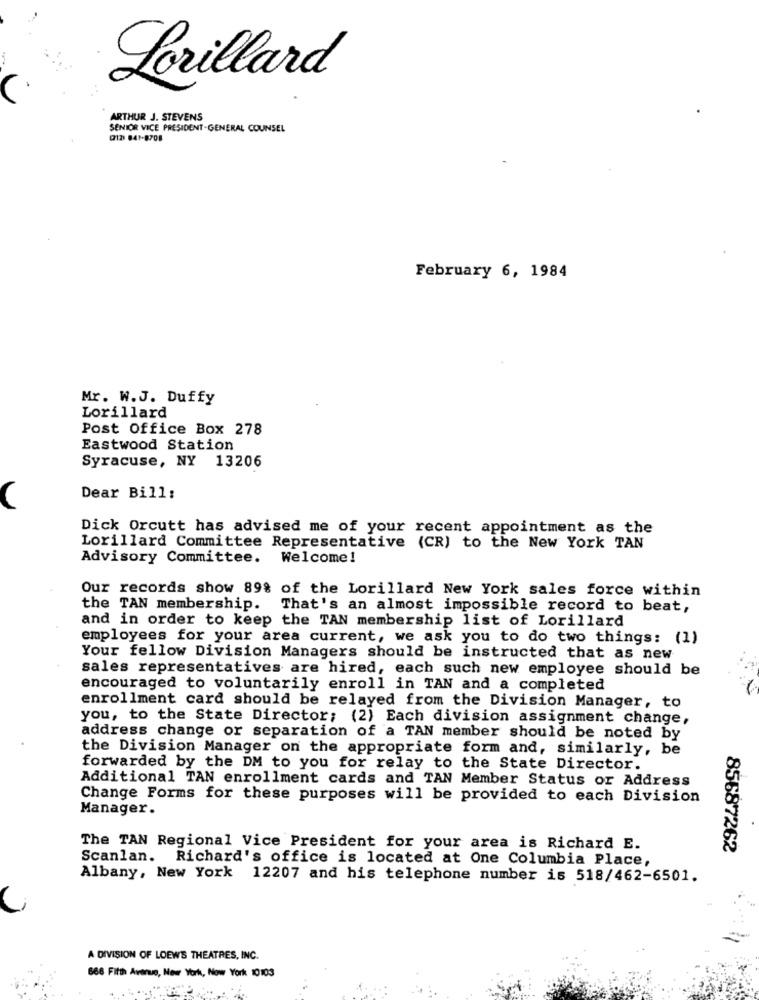
Lorillard
ARTHUR J. STEVENS
SENIOR VICE PRESIDENT-GENERAL COUNSEL
(212) 841-8708
February 6, 1984
Mr. W.J. Duffy
Lorillard
Post Office Box 278
Eastwood Station
Syracuse, NY 13206
Dear Bill:
Dick Orcutt has advised me of your recent appointment as the
Lorillard Committee Representative (CR) to the New York TAN
Advisory Committee. Welcome!
Our records show 89% of the Lorillard New York sales force within
the TAN membership.
That's an almost impossible record to beat,
and in order to keep the TAN membership list of Lorillard
employees for your area current, we ask you to do two things: (1)
Your fellow Division Managers should be instructed that as new
sales representatives are hired, each such new employee should be
encouraged to voluntarily enroll in TAN and a completed
enrollment card should be relayed from the Division Manager, to
you, to the State Director; (2) Each division assignment change,
address change or separation of a TAN member should be noted by
the Division Manager on the appropriate form and, similarly, be
forwarded by the DM to you for relay to the State Director.
Additional TAN enrollment cards and TAN Member Status or Address
Change Forms for these purposes will be provided to each Division
Manager.
The TAN Regional Vice President for your area is Richard E.
85687262
Scanlan. Richard's office is located at One Columbia Place,
Albany, New York 12207 and his telephone number is 518/462-6501.
A DIVISION OF LOEWS THEATRES, INC.
686 Fifth Avenue, New York, New York 10103